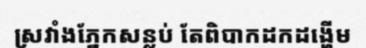
ស្រវាំងភ្នែកសន្លប់ តែពិបាកដកដង្ហើម